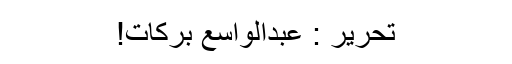
تحریر : عبدالواسع برکات!